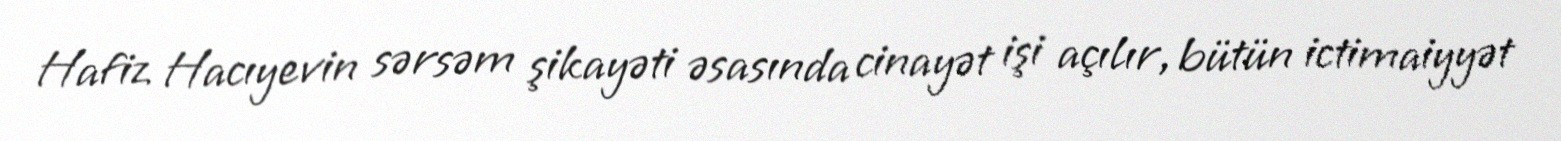
Hafiz Hacıyevin sərsəm şikayəti əsasında cinayət işi açılır, bütün ictimaiyyət